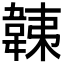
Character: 𩎴